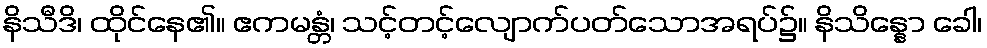
နိသီဒိ၊ ထိုင်နေ၏။ ဧကမန္တံ၊ သင့်တင့်လျောက်ပတ်သောအရပ်၌။ နိသိန္နော ခေါ၊